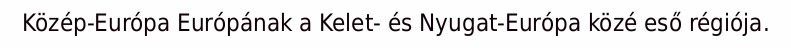
Közép-Európa Európának a Kelet- és Nyugat-Európa közé eső régiója.